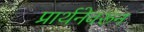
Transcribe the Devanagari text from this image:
प्रार्थनेवरून